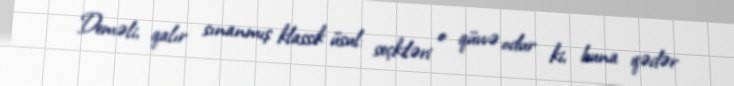
Deməli, qalır sınanmış klassik üsul: seçkiləri o qüvvə odur ki, buna qədər